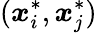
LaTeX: (\boldsymbol{x}_{i}^{*},\boldsymbol{x}_{j}^{*})